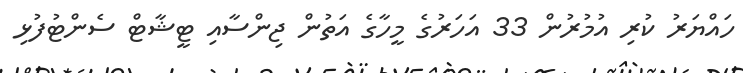
ހައްޔަރު ކުރި އުމުރުން 33 އަހަރުގެ މީހާގެ އަތުން ޖިންސާއި ޓީޝާޓް ސެންޓުފުޅި